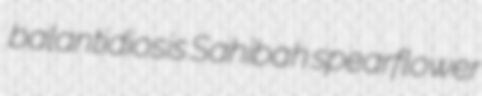
balantidiosis Sahibah spearflower